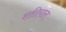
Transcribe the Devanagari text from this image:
शतियाल